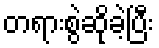
တရားစွဲဆိုခဲ့ပြီး